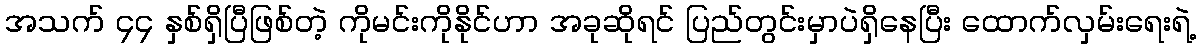
အသက် ၄၄ နှစ်ရှိပြီဖြစ်တဲ့ ကိုမင်းကိုနိုင်ဟာ အခုဆိုရင် ပြည်တွင်းမှာပဲရှိနေပြီး ထောက်လှမ်းရေးရဲ့